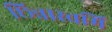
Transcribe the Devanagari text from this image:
छिन्नास्वमि